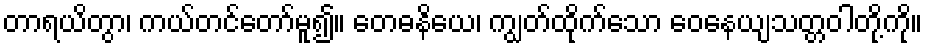
တာရယိတွာ၊ ကယ်တင်တော်မူ၍။ တေဓနိယေ၊ ကျွတ်ထိုက်သော ဝေနေယျသတ္တဝါတို့ကို။